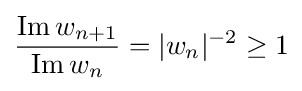
{\frac {\operatorname {Im} w_{n+1}}{\operatorname {Im} w_{n}}}=|w_{n}|^{-2}\geq 1